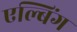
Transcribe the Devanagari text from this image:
एल्बिंग